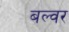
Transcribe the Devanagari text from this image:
बल्वर